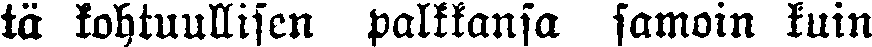
tä kohtuullisen palkkansa samoin kuin